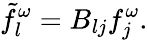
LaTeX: {\tilde{f}}_{l}^{\omega}=B_{lj}f_{j}^{\omega}.